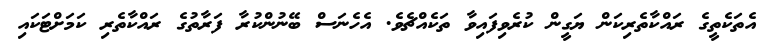
އެތަކެތީގެ ރައްކާތެރިކަން ޔަގީން ކުރެވިފައިވާ ތަކެއްޗެވެ. އެހެނަސް ބޭނުންކުރާ ފަރާތުގެ ރައްކާތެރި ކަމަށްޓަކައި